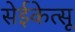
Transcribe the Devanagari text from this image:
सेईकेत्सू